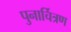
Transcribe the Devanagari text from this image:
पुनार्चित्रण